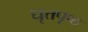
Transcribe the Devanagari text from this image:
धृतपृष्ठ